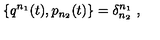
\{ q ^ { n _ { 1 } } ( t ) , p _ { n _ { 2 } } ( t ) \} = \delta _ { n _ { 2 } } ^ { n _ { 1 } } \ ,